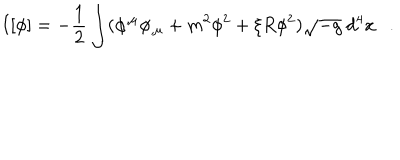
I [ \phi ] = - \frac 1 2 \int ( \phi ^ { , \mu } \phi _ { , \mu } + m ^ { 2 } \phi ^ { 2 } + \xi R \phi ^ { 2 } ) \sqrt { - g } ~ d ^ { 4 } x .